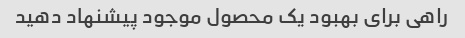
راهی برای بهبود یک محصول موجود پیشنهاد دهید